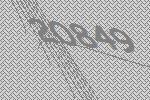
20849